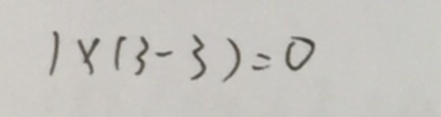
1 \times ( 3 - 3 ) = 0